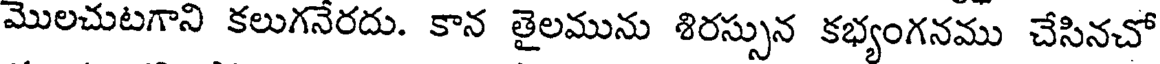
మొలచుటగాని కలుగనేరదు. కాన తైలమును శిరస్సున కభ్యంగనము చేసినచో